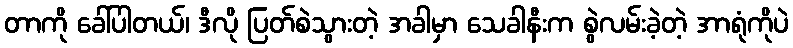
တာကို ခေါ်ပါတယ်၊ ဒီလို ပြတ်စဲသွားတဲ့ အခါမှာ သေခါနီးက စွဲလမ်းခဲ့တဲ့ အာရုံကိုပဲ